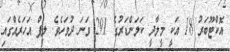
އޮކްޓޫބަރު 18 އަކީ މީލާދީ ކަލަންޑަރުގެ 291 ވަނަ ދުވަހެވެ. ލީޕް އަހަރެއްގައި